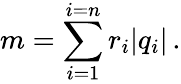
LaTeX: m=\sum_{i=1}^{i=n}r_{i}|q_{i}|\, .